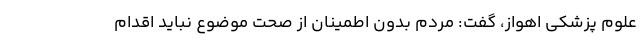
علوم پزشکی اهواز، گفت: مردم بدون اطمینان از صحت موضوع نباید اقدام